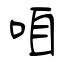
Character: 咱